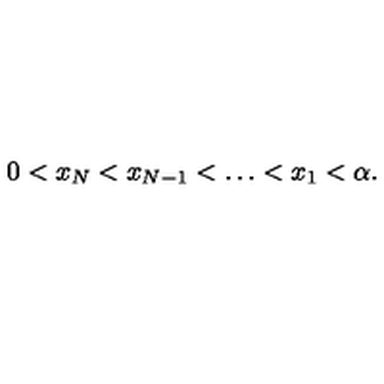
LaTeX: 0 < x _ { N } < x _ { N - 1 } < \dots < x _ { 1 } < \alpha .